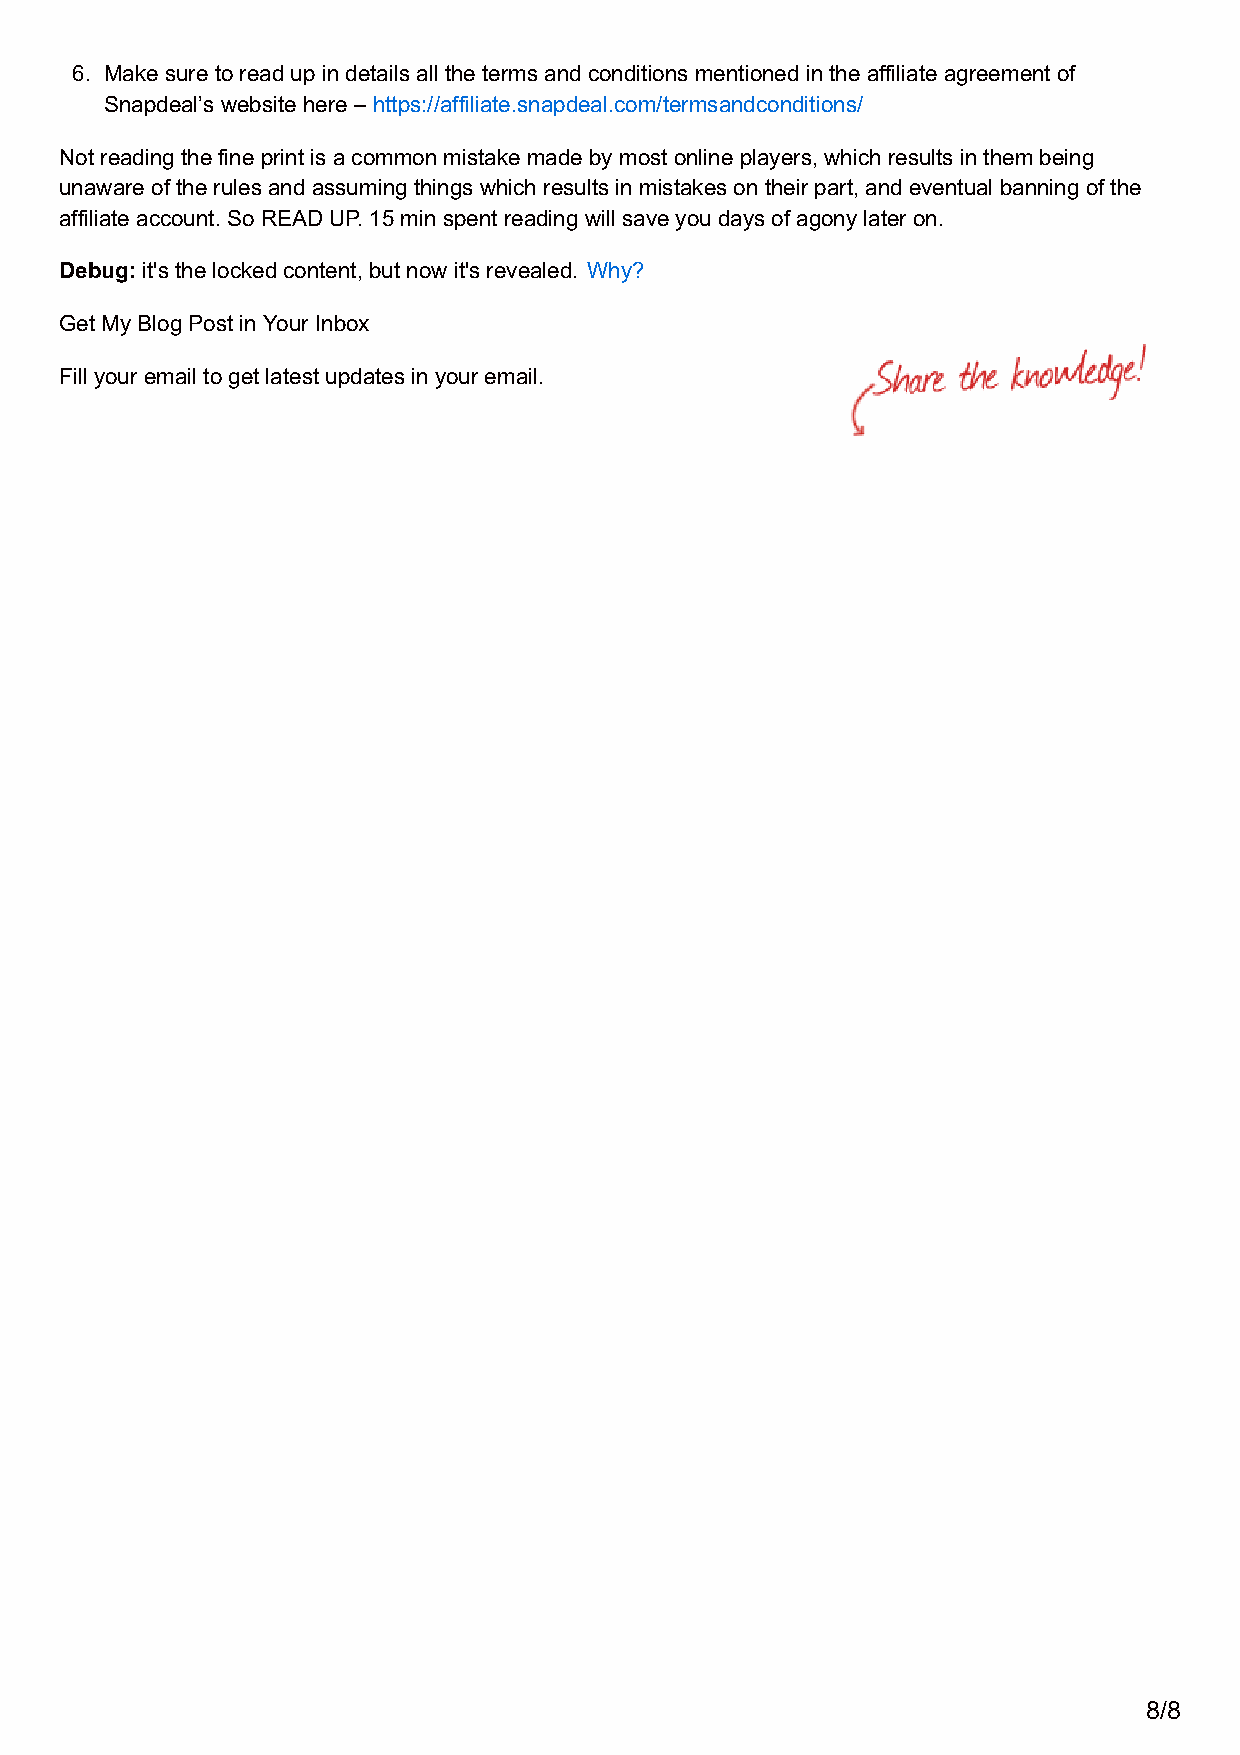
6. Make sure to read up in details all the terms and conditions mentioned in the affiliate agreement of
 Snapdeal’s website here – https://affiliate.snapdeal.com/termsandconditions/
 Not reading the fine print is a common mistake made by most online players, which results in them being
 unaware of the rules and assuming things which results in mistakes on their part, and eventual banning of the
 affiliate account. So READ UP. 15 min spent reading will save you days of agony later on.
 Debug: it's the locked content, but now it's revealed. Why?
 Get My Blog Post in Your Inbox
 Fill your email to get latest updates in your email.
 8/8